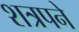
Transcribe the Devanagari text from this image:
शत्रपने